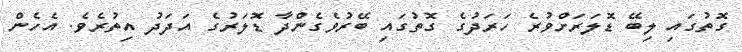
ގޮތުގައި ލިބޭ ޑޮލަރަށްވުރެ ހަރަދުގެ ގޮތުގައި ބޭރުވެގެންދާ ޑޮލަރުގެ އަދަދު އިތުރެވެ. އެހެން